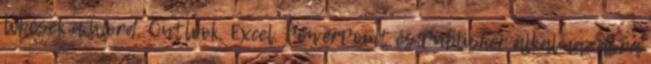
lépések a Word, Outlook, Excel, PowerPoint és Publisher alkalmazásra